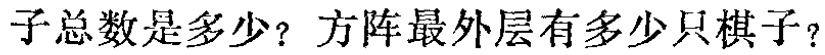
子总数是多少？方阵最外层有多少只棋子？